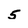
Character: 5